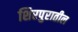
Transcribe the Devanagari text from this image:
शिरपुरातील